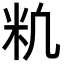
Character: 𥸱